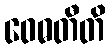
ဝေဓတီတိ